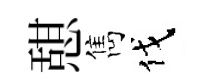
憇雋伐